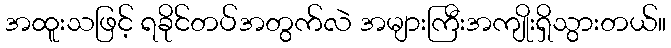
အထူးသဖြင့် ရခိုင်တပ်အတွက်လဲ အများကြီးအကျိုးရှိသွားတယ်။